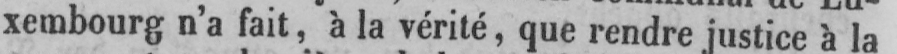
xembourg n’a fait, à la vérité, que rendre justice à la